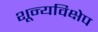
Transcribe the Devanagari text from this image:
शून्यविक्षेप